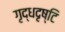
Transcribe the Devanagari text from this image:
गृद्धदृष्टि